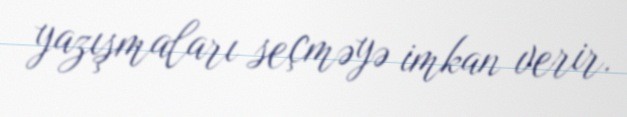
yazışmaları seçməyə imkan verir.